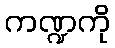
ကဏ္ဍကို